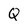
Character: Q